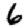
Digit: 6